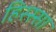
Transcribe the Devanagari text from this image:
हिस्स्सा